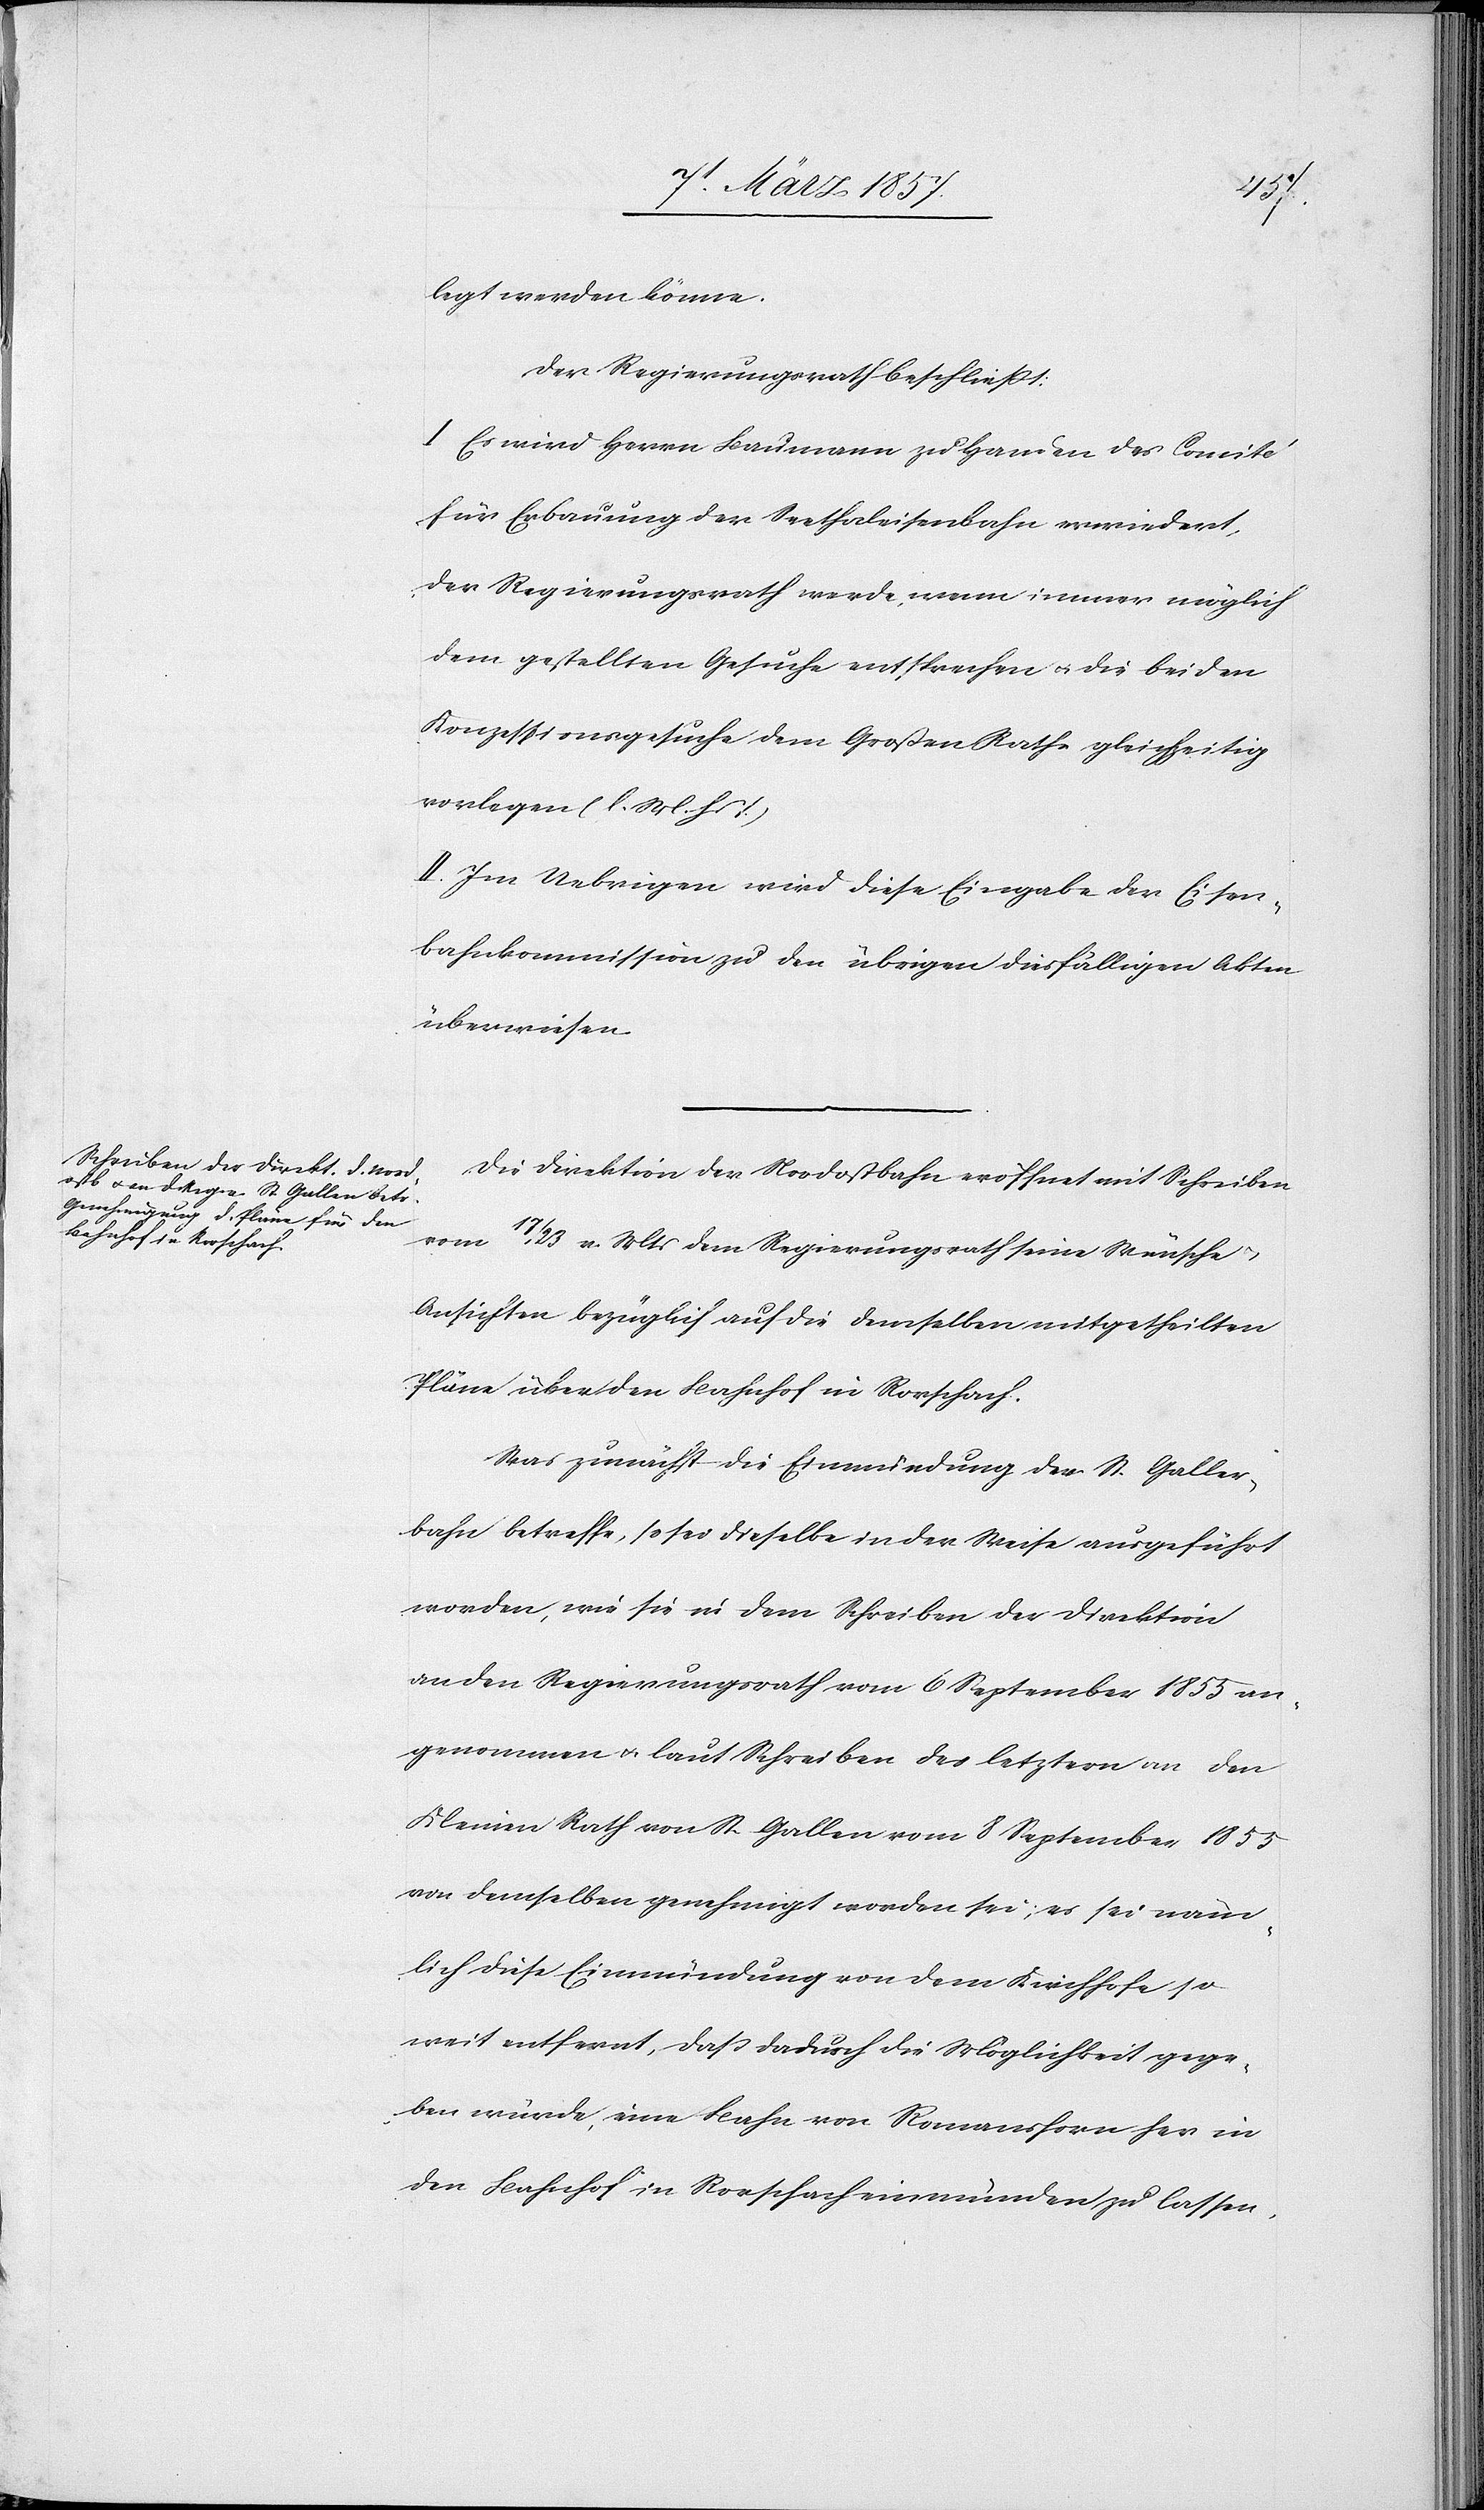
legt werden könne.
Der Regierungsrath beschließt:
I Es wird Herrn Baumann zu Handen des Comité
für Erbauung der Seethaleisenbahn erwiedert,
der Regierungsrath werde, wenn immer möglich
dem gestellten Gesuche entsprechen u. die beiden
Konzessionsgesuche dem Großen Rathe gleichzeitig
vorlegen (l. M. h. T.)
II. Im Uebrigen wird diese Eingabe der Eisen¬
bahnkommission zu den übrigen diesfälligen Akten
überwiesen.
Die Direktion der Nordostbahn eröffnet mit Schreiben
vom 17/23 v. Mts dem Regierungsrath seine Wünsche
Ansichten bezüglich auf die demselben mitgetheilten
Pläne über den Bahnhof in Rorschach.
Was zunächst die Einmündung der St. Galler¬
bahn betreffe, so sei dieselbe in der Weise ausgeführt
worden, wie sie in dem Schreiben der Direktion
an den Regierungsrath vom 6 September 1855 an¬
genommen u. laut Schreiben des letztern an den
Kleinen Rath von St. Gallen vom 8 September 1855
von demselben genehmigt worden sei; es sei näm¬
lich diese Einmündung von dem Kirchhofe so
weit entfernt, daß dadurch die Möglichkeit gege¬
ben würde, eine Bahn von Romanshorn her in
den Bahnhof in Rorschach einmünden zu lassen.